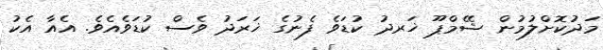
މަދުކޮށްލުމުން ޝޭމްޕޫ ޚަރދު ކުޑަވެ ފެނުގެ ޚަރަދު ވެސް ކުޑަވެއެވެ. އެއާ އެކު